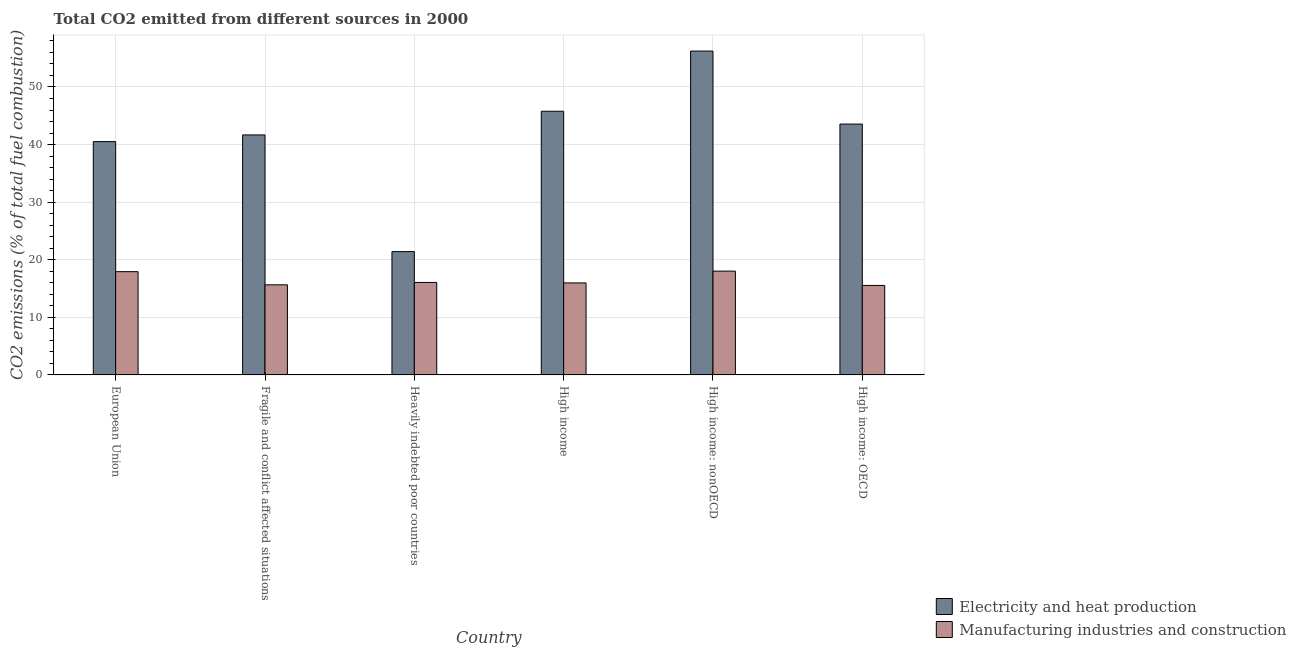
| Country | Electricity and heat production | Manufacturing industries and construction |
 | --- | --- | --- |
 | European Union | 40.5 | 17.9 |
 | Fragile and conflict affected situations | 41.7 | 15.6 |
 | Heavily indebted poor countries | 21.4 | 16.1 |
 | High income | 45.8 | 16 |
 | High income: nonOECD | 56.2 | 18 |
 | High income: OECD | 43.6 | 15.5 |